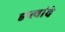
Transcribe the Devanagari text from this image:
हप्त्यांचे